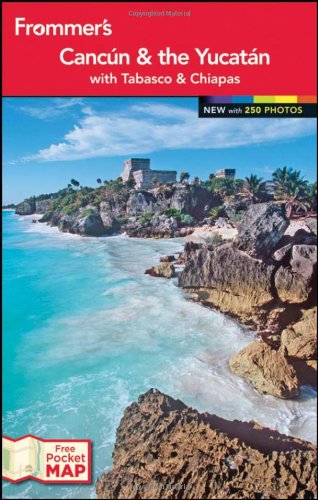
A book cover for Frommer'sÃE Cancun and the Yucatan (Frommer's Color Complete); Christine Delsol; Travel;